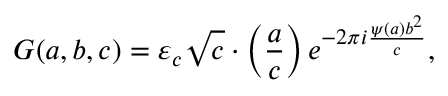
G ( a , b , c ) = \varepsilon _ { c } { \sqrt { c } } \cdot \left( { \frac { a } { c } } \right) e ^ { - 2 \pi i { \frac { \psi ( a ) b ^ { 2 } } { c } } } ,